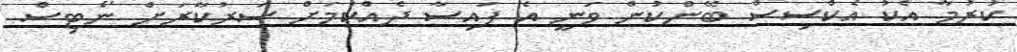
ކުރުމާ އެކު އެކްސިސް ބޭންކުން ވަނީ އެ ފައިސާ ދެއްކުމަށް ސަރުކާރަށް ނޯޓިސް